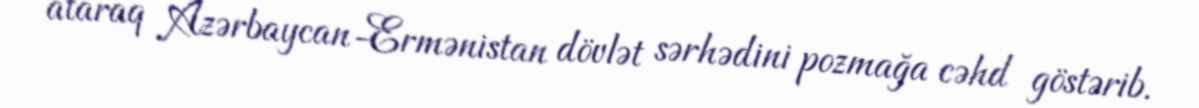
ataraq Azərbaycan-Ermənistan dövlət sərhədini pozmağa cəhd göstərib.